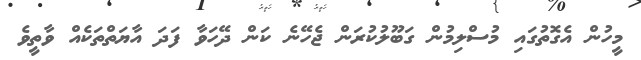
މީހުން އެގޮތުގައި މުސްލިމުން ގަބޫލުކުރަން ޖެހޭނެ ކަން ދޭހަވާ ފަދަ އާޔަތްތަކެއް ވާތީވެ